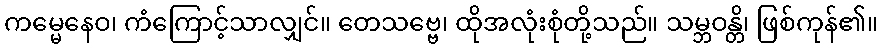
ကမ္မေနေဝ၊ ကံကြောင့်သာလျှင်။ တေသဗ္ဗေ၊ ထိုအလုံးစုံတို့သည်။ သမ္ဘဝန္တိ၊ ဖြစ်ကုန်၏။